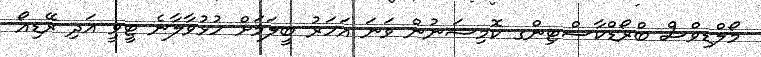
މޯލްޑިވްސް ބްރޯޑްކާސްޓިންގ ކޮމިޝަނުން ވަނަ އަހަރު ބީލަމަށް ހުޅުވާލާނެ ޓީވީ އަދި ރޭޑިއޯ